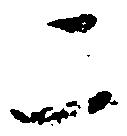
二